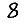
Digit: 8